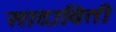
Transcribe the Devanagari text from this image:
सादाविती